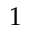
1